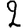
Digit: 2